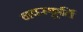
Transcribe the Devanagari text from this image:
नवस्फूर्ति